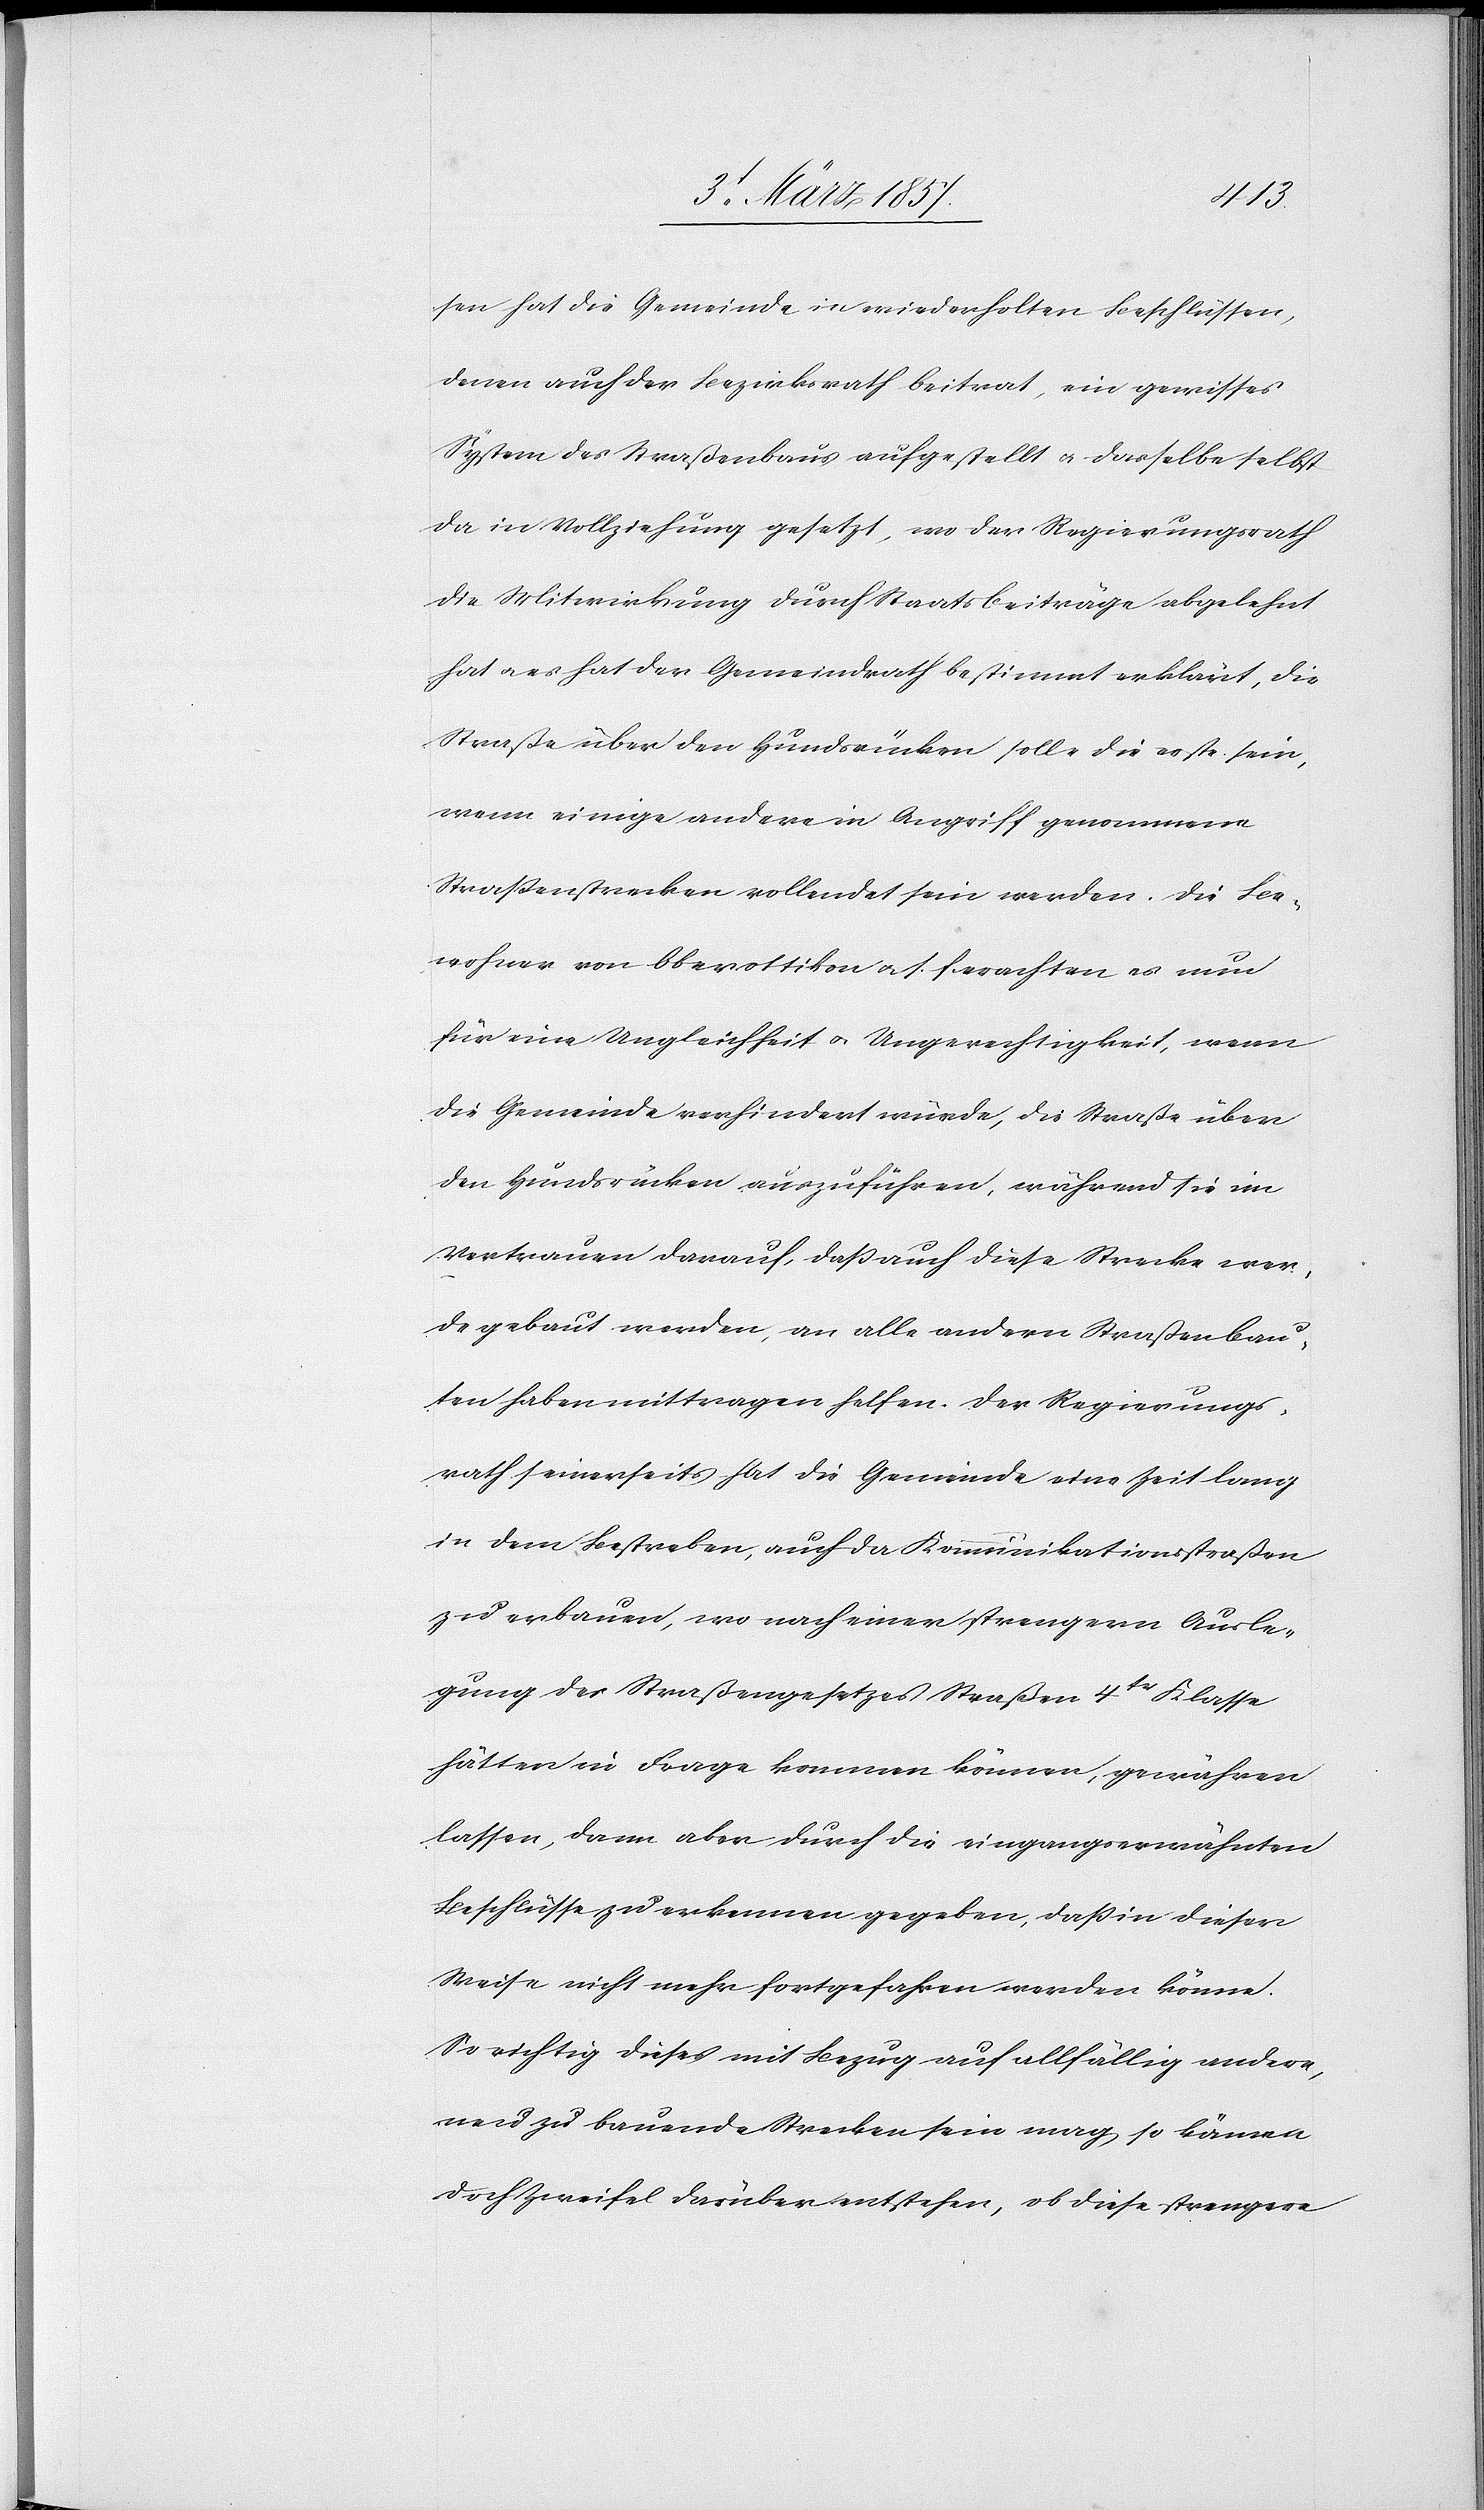
sen hat die Gemeinde in wiederholten Beschlüssen,
denen auch der Bezirksrath beitrat, ein gewisses
System des Straßenbaus aufgestellt u. dasselbe selbst
da in Vollziehung gesetzt, wo der Regierungsrath
die Mitwirkung durch Staatsbeiträge abgelehnt
hat u. es hat der Gemeindrath bestimmt erklärt, die
Straße über den Hundsrücken solle die erste sein,
wenn einige andere in Angriff genommene
Straßenstrecken vollendet sein werden. Die Be¬
wohner von Oberottikon u. s. f. erachten es nun
für eine Ungleichheit u. Ungerechtigkeit, wenn
die Gemeinde verhindert würde, die Straße über
den Hundsrücken auszuführen, während sie im
Vertrauen darauf, daß auch diese Strecke wer¬
de gebaut werden, an alle andern Straßenbau¬
ten haben mittragen helfen. Der Regierungs¬
rath seinerseits hat die Gemeinde eine Zeit lang
in dem Bestreben, auch das Kommunikationsstraßen
zu erbauen, wo nach einer strengern Ausle¬
gung des Straßengesetzes Straßen 4tr Klasse
hätten in Frage kommen können, gewähren
lassen, dann aber durch die eingangserwähnten
Beschlüsse zu erkennen gegeben, daß in dieser
Weise nicht mehr fortgefahren werden könne.
So richtig dieses mit Bezug auf allfällig andere,
neu zu bauende Strecken sein mag so können
doch Zweifel darüber entstehen, ob diese strengere